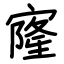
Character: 㝫